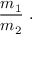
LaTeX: { \frac { m _ { 1 } } { m _ { 2 } } } \ .